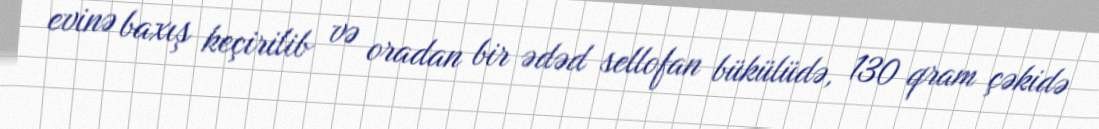
evinə baxış keçirilib və oradan bir ədəd sellofan bükülüdə, 130 qram çəkidə